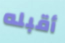
أقبله